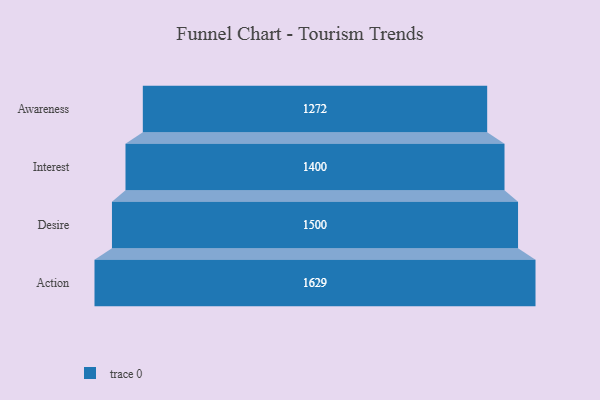
{"axis": {"x": "Stage", "y": "Value"}, "legend": [""], "data": [{"x": "Awareness", "y": 1272.0, "type": ""}, {"x": "Interest", "y": 1400.0, "type": ""}, {"x": "Desire", "y": 1500.0, "type": ""}, {"x": "Action", "y": 1629.0, "type": ""}]}